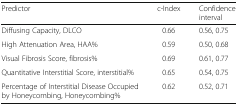
| Predictor | c-Index | Confidence interval |
 | --- | --- | --- |
 | Diffusing Capacity, DLCO | 0.66 | 0.56, 0.75 |
 | High Attenuation Area, HAA% | 0.59 | 0.50, 0.68 |
 | Visual Fibrosis Score, fibrosis% | 0.69 | 0.61, 0.77 |
 | Quantitative Interstitial Score, interstitial% | 0.65 | 0.54, 0.75 |
 | Percentage of Interstitial Disease Occupied by Honeycombing, Honeycombing% | 0.62 | 0.52, 0.71 |